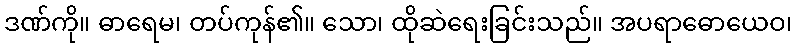
ဒဏ်ကို။ ဓာရေမ၊ တပ်ကုန်၏။ သော၊ ထိုဆဲရေးခြင်းသည်။ အပရာဓောယေဝ၊